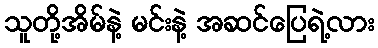
သူတို့အိမ်နဲ့ မင်းနဲ့ အဆင်ပြေရဲ့လား